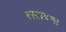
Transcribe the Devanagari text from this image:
रसप्रबन्ध